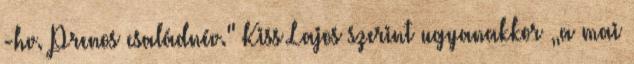
-hv. Prenos családnév." Kiss Lajos szerint ugyanakkor „a mai